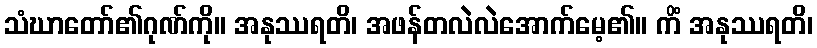
သံဃာတော်၏ဂုဏ်ကို။ အနုဿရတိ၊ အဖန်တလဲလဲအောက်မေ့၏။ ကိံ အနုဿရတိ၊